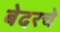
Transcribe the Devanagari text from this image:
बेदरचे